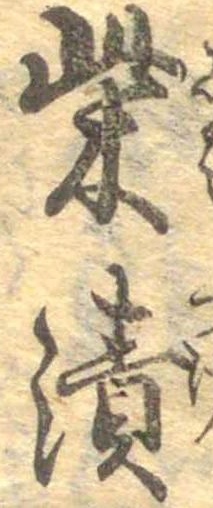
柴漬